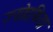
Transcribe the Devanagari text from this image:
ज्योग्रफिया